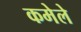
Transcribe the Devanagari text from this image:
कमेले